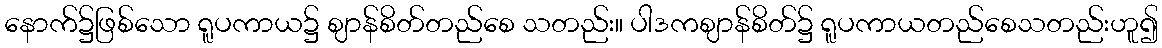
နောက်၌ဖြစ်သော ရူပကာယ၌ ဈာန်စိတ်တည်စေ သတည်း။ ပါဒကဈာန်စိတ်၌ ရူပကာယတည်စေသတည်းဟူ၍